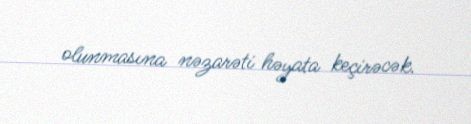
olunmasına nəzarəti həyata keçirəcək.